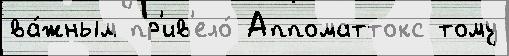
ва́жным пр'ив'ело́ Аппоматтокс тому